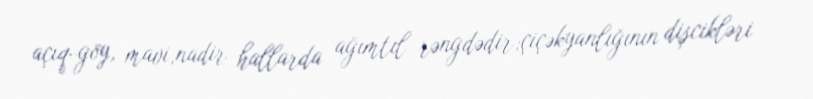
açıq-göy, mavi,nadir hallarda ağımtıl rəngdədir;çiçəkyanlığının dişcikləri